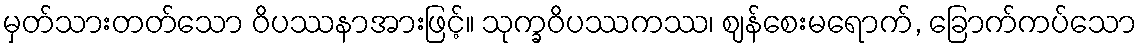
မှတ်သားတတ်သော ဝိပဿနာအားဖြင့်။ သုက္ခဝိပဿကဿ၊ ဈန်စေးမရောက်, ခြောက်ကပ်သော